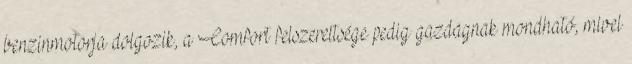
benzinmotorja dolgozik, a Comfort felszereltsége pedig gazdagnak mondható, mivel